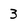
Character: 3